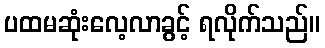
ပထမဆုံးလေ့လာခွင့် ရလိုက်သည်။